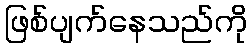
ဖြစ်ပျက်နေသည်ကို